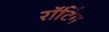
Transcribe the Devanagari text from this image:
रॉटिंग